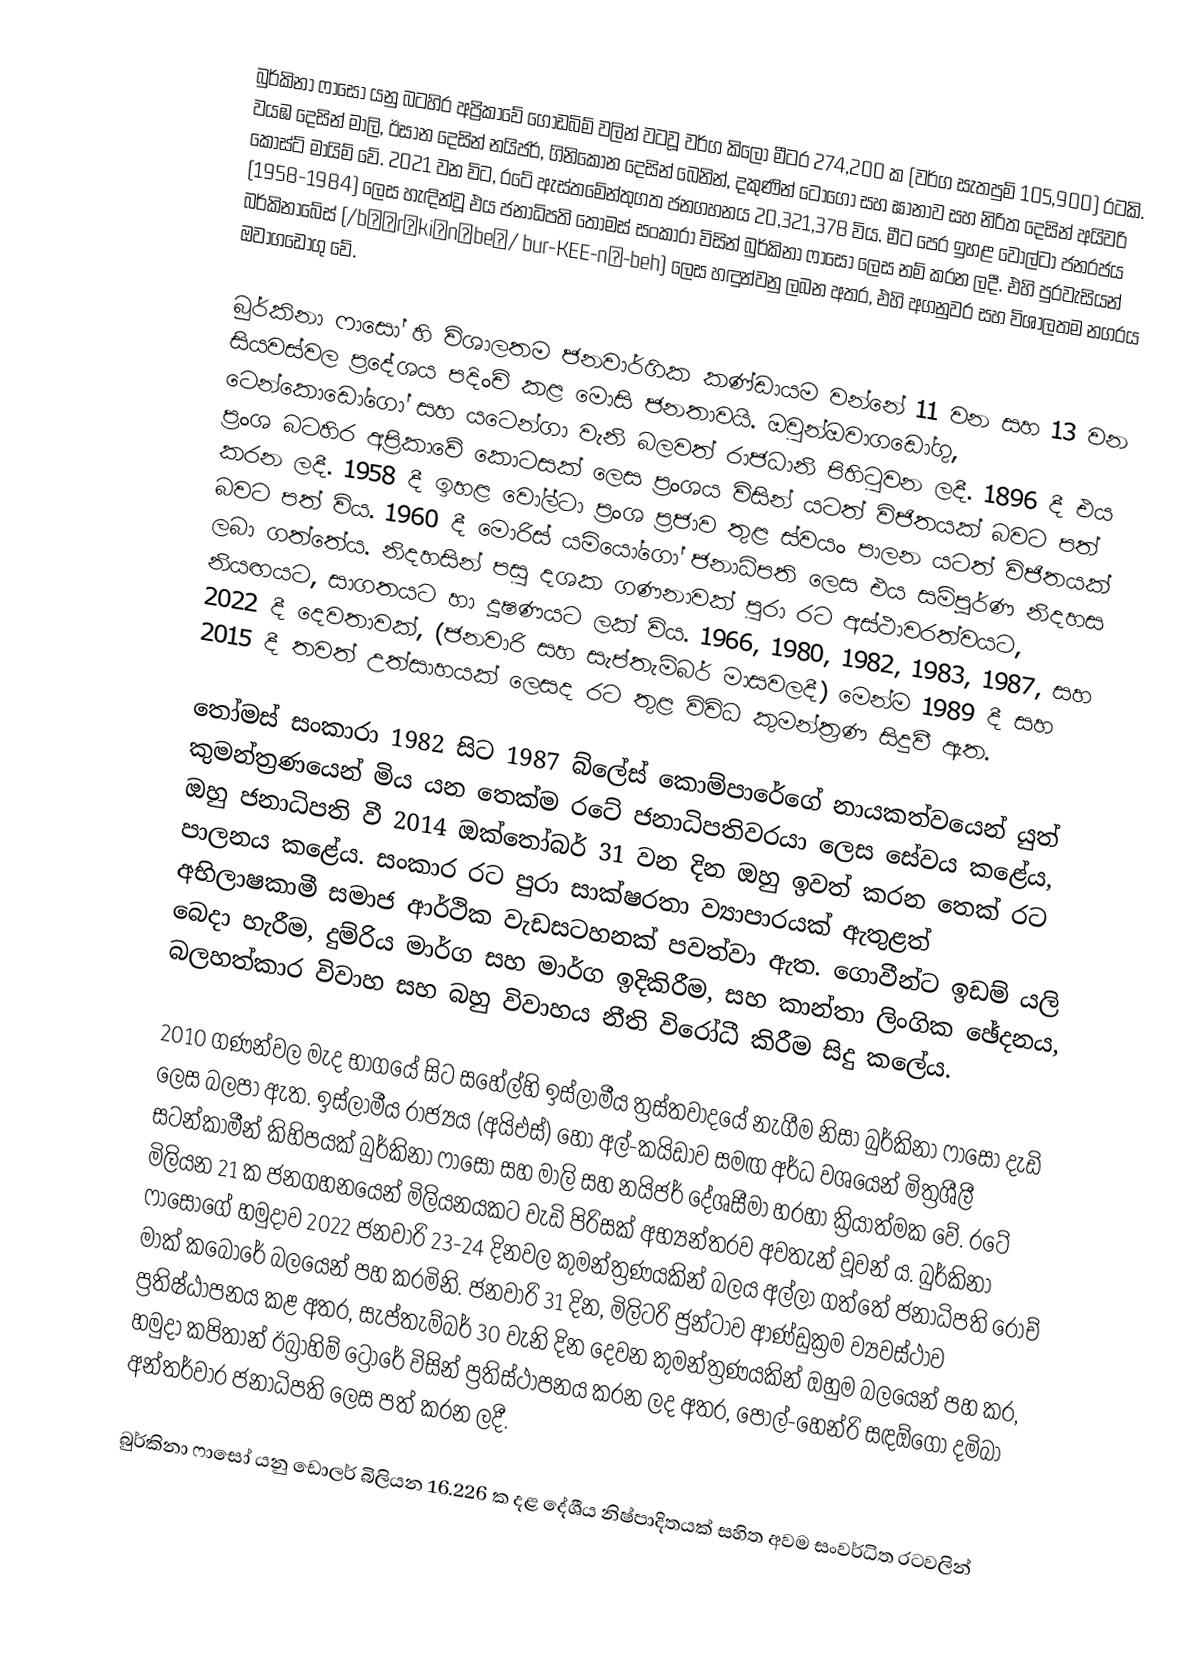
බුර්කිනා ෆාසෝ යනු බටහිර අප්‍රිකාවේ ගොඩබිම් වලින් වටවූ වර්ග කිලෝ මීටර 274,200 ක (වර්ග සැතපුම් 105,900) රටකි. වයඹ දෙසින් මාලි, ඊසාන දෙසින් නයිජර්, ගිනිකොන දෙසින් බෙනින්, දකුණින් ටෝගෝ සහ ඝානාව සහ නිරිත දෙසින් අයිවරි කෝස්ට් මායිම් වේ. 2021 වන විට, රටේ ඇස්තමේන්තුගත ජනගහනය 20,321,378 විය. මීට පෙර ඉහළ වෝල්ටා ජනරජය (1958-1984) ලෙස හැඳින්වූ එය ජනාධිපති තෝමස් සංකාරා විසින් බුර්කිනා ෆාසෝ ලෙස නම් කරන ලදී. එහි පුරවැසියන් බර්කිනාබේස් (/bɜːrˈkiːnəbeɪ/ bur-KEE-nə-beh) ලෙස හඳුන්වනු ලබන අතර, එහි අගනුවර සහ විශාලතම නගරය ඔවාගඩෝගු වේ.

බුර්කිනා ෆාසෝ හි විශාලතම ජනවාර්ගික කණ්ඩායම වන්නේ 11 වන සහ 13 වන සියවස්වල ප්‍රදේශය පදිංචි කළ මොසි ජනතාවයි. ඔවුන්ඔවාගඩෝගු, ටෙන්කොඩෝගෝ සහ යටෙන්ගා වැනි බලවත් රාජධානි පිහිටුවන ලදී. 1896 දී එය ප්‍රංශ බටහිර අප්‍රිකාවේ කොටසක් ලෙස ප්‍රංශය විසින් යටත් විජිතයක් බවට පත් කරන ලදී. 1958 දී ඉහළ වෝල්ටා ප්‍රංශ ප්‍රජාව තුළ ස්වයං පාලන යටත් විජිතයක් බවට පත් විය. 1960 දී මොරිස් යමියෝගෝ ජනාධිපති ලෙස එය සම්පූර්ණ නිදහස ලබා ගත්තේය. නිදහසින් පසු දශක ගණනාවක් පුරා රට අස්ථාවරත්වයට, නියඟයට, සාගතයට හා දූෂණයට ලක් විය. 1966, 1980, 1982, 1983, 1987, සහ 2022 දී දෙවතාවක්, (ජනවාරි සහ සැප්තැම්බර් මාසවලදී) මෙන්ම 1989 දී සහ 2015 දී තවත් උත්සාහයක් ලෙසද රට තුළ විවිධ කුමන්ත්‍රණ සිදුවී ඇත.

තෝමස් සංකාරා 1982 සිට 1987 බ්ලේස් කොම්පාරේගේ නායකත්වයෙන් යුත් කුමන්ත්‍රණයෙන් මිය යන තෙක්ම රටේ ජනාධිපතිවරයා ලෙස සේවය කළේය, ඔහු ජනාධිපති වී 2014 ඔක්තෝබර් 31 වන දින ඔහු ඉවත් කරන තෙක් රට පාලනය කළේය. සංකාර රට පුරා සාක්ෂරතා ව්‍යාපාරයක් ඇතුළත් අභිලාෂකාමී සමාජ ආර්ථික වැඩසටහනක් පවත්වා ඇත. ගොවීන්ට ඉඩම් යලි බෙදා හැරීම, දුම්රිය මාර්ග සහ මාර්ග ඉදිකිරීම, සහ කාන්තා ලිංගික ඡේදනය, බලහත්කාර විවාහ සහ බහු විවාහය නීති විරෝධී කිරීම සිදු කලේය.

2010 ගණන්වල මැද භාගයේ සිට සහේල්හි ඉස්ලාමීය ත්‍රස්තවාදයේ නැගීම නිසා බුර්කිනා ෆාසෝ දැඩි ලෙස බලපා ඇත. ඉස්ලාමීය රාජ්‍යය (අයිඑස්) හෝ අල්-කයිඩාව සමඟ අර්ධ වශයෙන් මිත්‍රශීලී සටන්කාමීන් කිහිපයක් බුර්කිනා ෆාසෝ සහ මාලි සහ නයිජර් දේශසීමා හරහා ක්‍රියාත්මක වේ. රටේ මිලියන 21 ක ජනගහනයෙන් මිලියනයකට වැඩි පිරිසක් අභ්‍යන්තරව අවතැන් වූවන් ය. බුර්කිනා ෆාසෝගේ හමුදාව 2022 ජනවාරි 23-24 දිනවල කුමන්ත්‍රණයකින් බලය අල්ලා ගත්තේ ජනාධිපති රොච් මාක් කබෝරේ බලයෙන් පහ කරමිනි. ජනවාරි 31 දින, මිලිටරි ජුන්ටාව ආණ්ඩුක්‍රම ව්‍යවස්ථාව ප්‍රතිෂ්ඨාපනය කළ අතර, සැප්තැම්බර් 30 වැනි දින දෙවන කුමන්ත්‍රණයකින් ඔහුම බලයෙන් පහ කර, හමුදා කපිතාන් ඊබ්‍රාහිම් ට්‍රෝරේ විසින් ප්‍රතිස්ථාපනය කරන ලද අතර, පෝල්-හෙන්රි සඳඕගෝ දමිබා අන්තර්වාර ජනාධිපති ලෙස පත් කරන ලදී.

බුර්කිනා ෆාසෝ යනු ඩොලර් බිලියන 16.226 ක දළ දේශීය නිෂ්පාදිතයක් සහිත අවම සංවර්ධිත රටවලින්